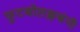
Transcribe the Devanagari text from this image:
फुटबॉलक्लबंनी